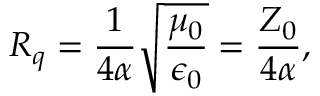
R _ { q } = \frac { 1 } { 4 \alpha } \sqrt { \frac { \mu _ { 0 } } { \epsilon _ { 0 } } } = \frac { Z _ { 0 } } { 4 \alpha } ,